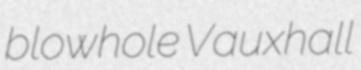
blowhole Vauxhall